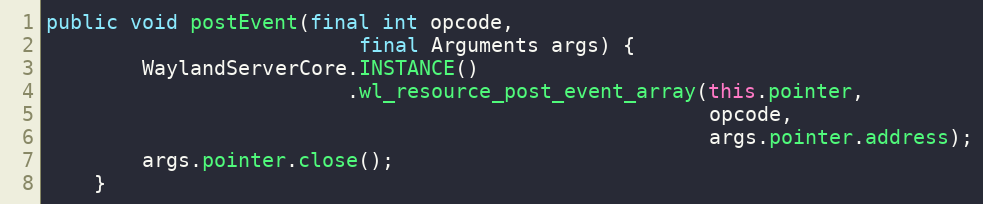
Language: Java
public void postEvent(final int opcode,
                          final Arguments args) {
        WaylandServerCore.INSTANCE()
                         .wl_resource_post_event_array(this.pointer,
                                                       opcode,
                                                       args.pointer.address);
        args.pointer.close();
    }